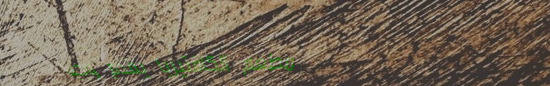
مطعم الكافتيريا يقدم وجبا